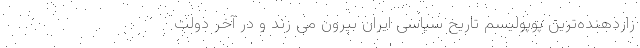
زاردهنده‌ترین پوپولیسم تاریخ سیاسی ایران بیرون می زند و در آخر دولت